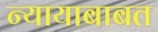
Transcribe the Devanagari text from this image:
न्यायाबाबत